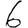
Digit: 6